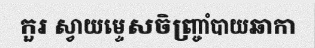
កួរ ស្វាយម្ទេសចិញ្ច្រាំបាយឆាកា